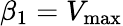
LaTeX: \beta_{1}=V_{\mathrm{max}}